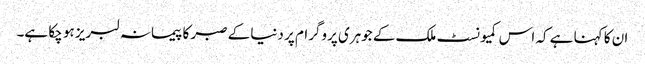
ان کا کہنا ہے کہ اس کمیونسٹ ملک کے جوہری پروگرام پر دنیا کے صبر کا پیمانہ لبریز ہو چکا ہے۔